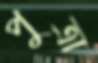
পুত্রা